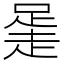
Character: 𧻻